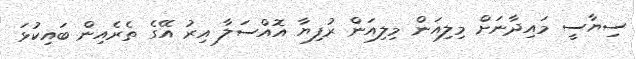
ސިޔާސީ މައިދާނަށް މިލިއަން މިލިއަން ރުފިޔާ އޮއްސަލާ އިރު އޭގެ ތެރެއިން ބައިކުޅަ